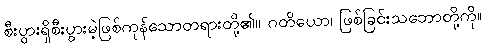
စီးပွားရှိစီးပွားမဲ့ဖြစ်ကုန်သောတရားတို့၏။ ဂတိယော၊ ဖြစ်ခြင်းသဘောတို့ကို။